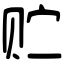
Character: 贮